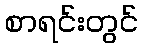
စာရင်းတွင်